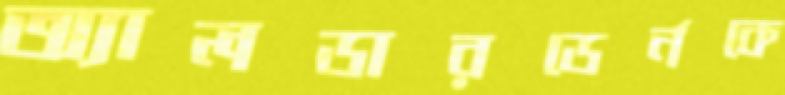
অ্যালডারডের্নকে